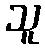
သူ